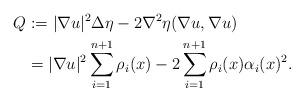
LaTeX: \begin{align*}Q&:=|\nabla u|^2 \Delta \eta -2\nabla^2 \eta(\nabla u,\nabla u)\\ &=|\nabla u|^2 \sum_{i=1}^{n+1}\rho_i(x)-2\sum_{i=1}^{n+1}\rho_i(x)\alpha_i(x)^2.\end{align*}